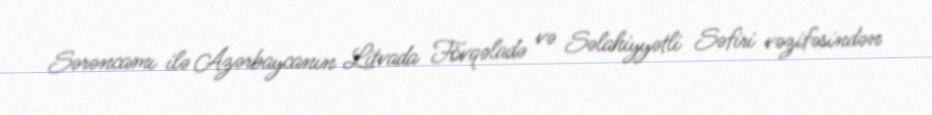
Sərəncamı ilə Azərbaycanın Litvada Fövqəladə və Səlahiyyətli Səfiri vəzifəsindən